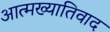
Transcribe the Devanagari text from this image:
आत्मख्यातिवाद